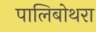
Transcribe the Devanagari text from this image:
पालिबोथरा